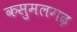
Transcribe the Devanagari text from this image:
कसुमलगढ़